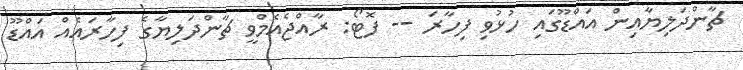
ޗާންދަލިޔާއިން އައްޑޫގައި ހުޅުވި ފިހާރަ -- ފޮޓޯ: ރާއްޖެއެމްވީ ޗާންދަލިޔާގެ ފިހާރައެއް އައްޑޫ